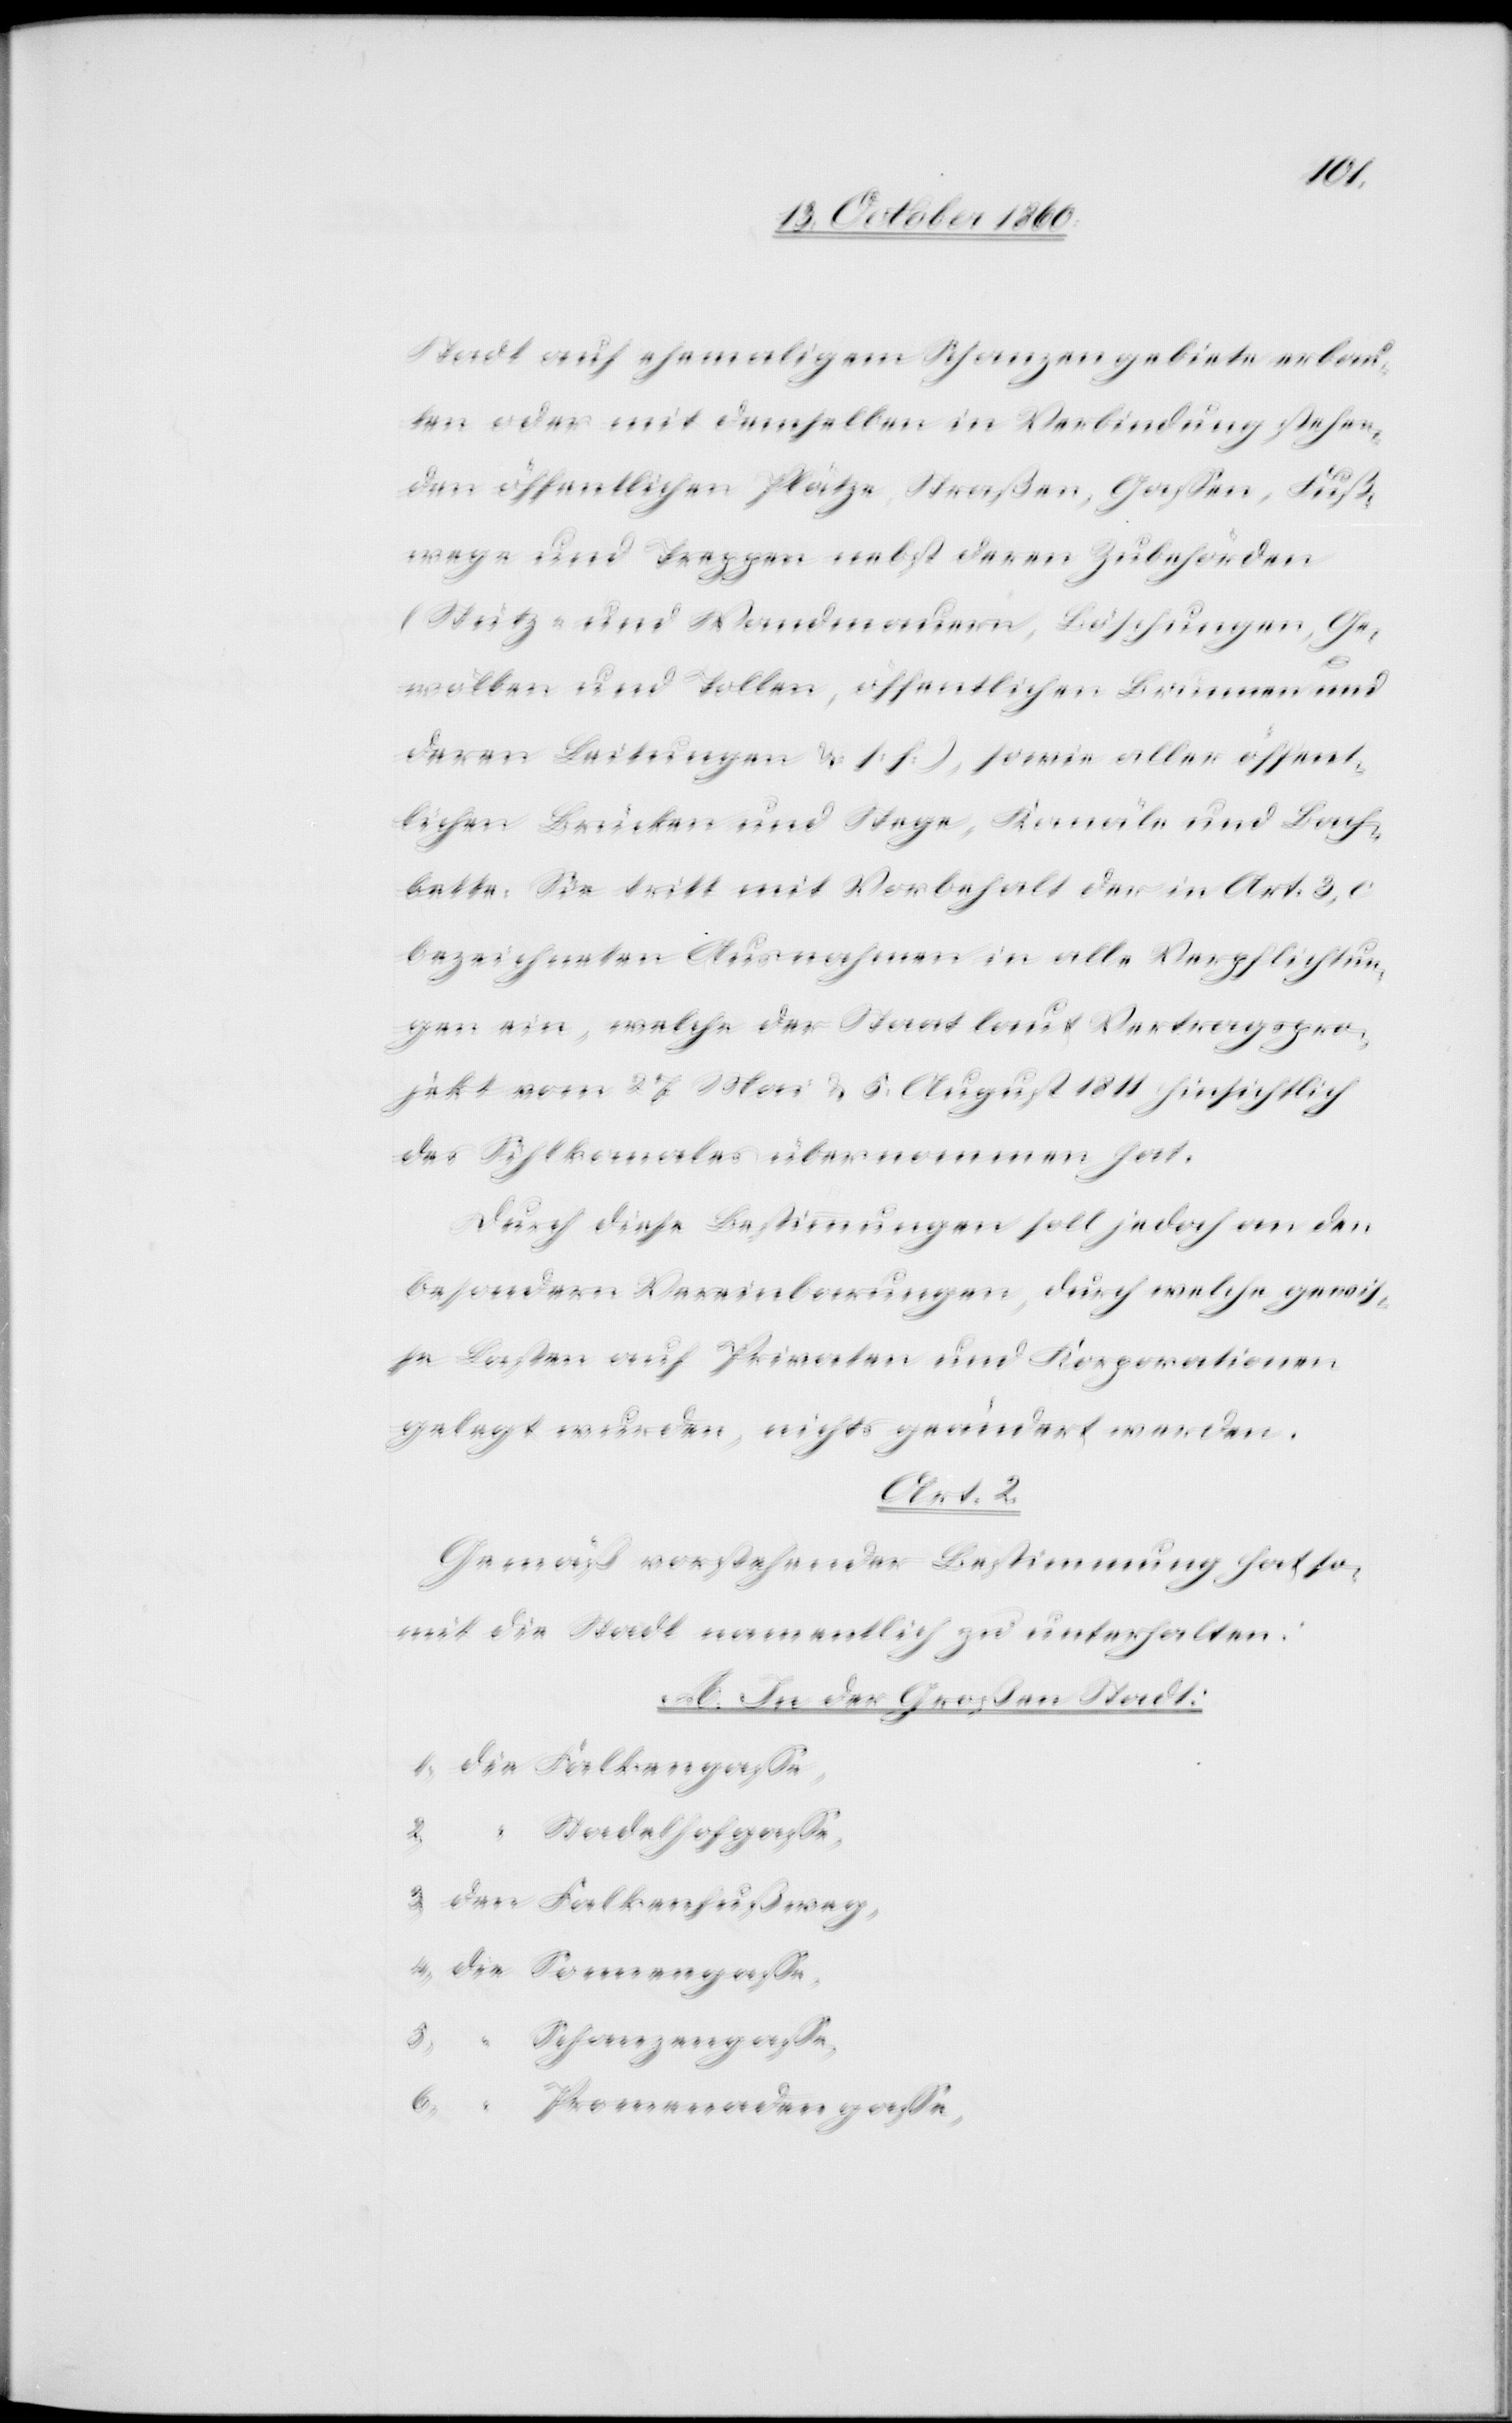
4.
Stadt auf ehemaligem Schanzengebiete erbau¬
ten oder mit demselben in Verbindung stehen¬
den öffentlichen Plätze, Straßen, Gassen, Fuß¬
wege und Treppen nebst deren Zubehörden
(Stütz- und Wandmauern, Böschungen, Ge¬
wölben und Tollen, öffentlichen Brunnen und
deren Leitungen u. s. f.), sowie aller öffent¬
lichen Brücken und Stege, Kanäle und Bach¬
bette. Sie tritt mit Vorbehalt der in Art. 3, c
bezeichneten Ausnahmen in alle Verpflichtun¬
gen ein, welche der Staat laut Vertragspro¬
jekt vom 27. Mai u. 5. August 1811 hinsichtlich
des Sihlkanales übernommen hat.
Durch diese Bestimmungen soll jedoch an den
besondern Vereinbarungen, durch welche gewis¬
se Lasten auf Privaten und Korporationen
gelegt wurde, nichts geändert werden.
Art. 2
Gemäß vorstehender Bestimmung hat so¬
mit die Stadt namentlich zu unterhalten:
A. In der Großen Stadt: